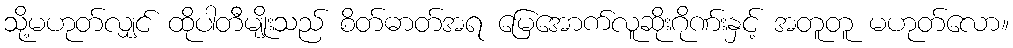
သို့မဟုတ်လျှင် ထိုပါတီမျိုးသည် စိတ်ဓာတ်အရ မြေအောက်လူဆိုးဂိုဏ်းနှင့် အတူတူ မဟုတ်လော။